Annual vaccination report of Bihar and Orissa - 1911-1928
Year: 1911
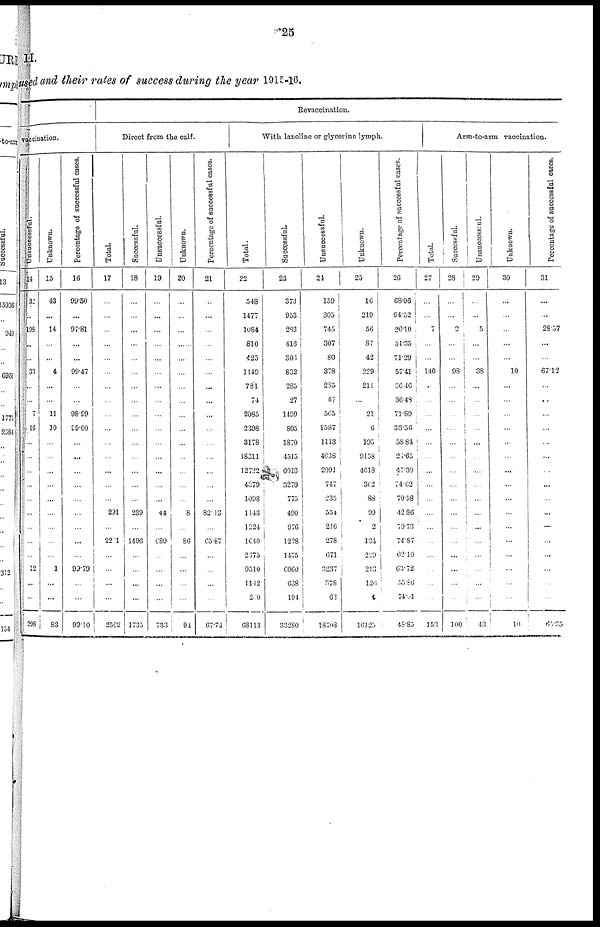
25
II.
used and their rates of success during the year 1915-16.
vaccination.
Unsuccessful.
14
32
...
198
...
...
30
...
...
7
16
...
...
...
...
...
...
...
...
...
12
...
...
298
Unknown.
15
43
...
14
...
...
4
...
...
11
10
...
...
...
...
...
...
...
...
...
1
...
...
83
Percentage of successful cases.
16
99.50
...
97.81
...
...
99.47
...
...
98.99
99.00
...
...
...
...
...
...
...
...
...
99.79
...
...
99.10
Revaccination.
Direct from the calf.
Total.
17
...
...
...
...
...
...
...
...
...
...
...
...
...
...
...
291
...
2201
...
...
...
...
2562
Successful.
18
...
...
...
...
...
...
...
...
...
...
...
...
...
...
...
239
...
1496
...
...
...
...
1735
Unsuccessful.
19
...
...
...
...
...
...
...
...
...
...
...
...
...
...
...
44
...
689
...
...
...
...
733
Unknown.
20
...
...
...
...
...
...
...
...
...
...
...
...
...
...
...
8
...
86
...
...
...
...
94
Percentage of successful cases.
21
...
...
...
...
...
...
...
...
...
...
...
...
...
...
...
82.13
...
65.87
...
...
...
...
67.72
With lanoline or glycerine lymph.
Total.
22
548
1477
1084
810
425
1449
781
74
2085
2398
3178
18311
12722
4379
1098
1143
1224
1040
2075
9510
11.12
200
68113
Successful.
23
373
953
283
416
303
882
285
27
1499
805
1870
4515
6013
3270
775
490
976
1228
1475
6060
638
194
33280
Unsuccessful.
24
159
305
745
307
80
378
285
47
565
1587
1113
4638
2091
747
235
554
246
278
671
3237
378
62
18708
Unknown.
25
16
219
56
87
42
239
211
...
21
6
195
9158
4618
302
88
99
2
134
229
213
126
4
16125
Percentage of successful cases.
26
68.06
64.52
26.10
51.35
71.29
57.41
36.46
36.48
71.89
33.56
58.84
24.65
47.30
74.62
70.58
42.86
79.73
74.87
62.10
63.72
...
74.01
48.85
Arm-to-arm vaccination.
Total.
27
...
...
7
...
...
146
...
...
...
...
...
...
...
...
...
...
...
...
...
...
...
...
153
Successful.
28
...
...
2
...
...
98
...
...
...
...
...
...
...
...
...
...
...
...
...
...
...
...
100
Unsucccssful.
29
...
...
5
...
...
38
...
...
...
...
...
...
...
...
...
...
...
...
...
...
...
...
43
Unknown.
30
...
...
...
...
...
10
...
...
...
...
...
...
...
...
...
...
...
...
...
...
...
...
10
Percentage of succcssful cases.
31
...
...
28.57
...
...
67.12
...
...
...
...
...
...
...
...
...
...
...
...
...
...
...
...
65.35